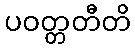
ပဝတ္တတီတိ